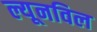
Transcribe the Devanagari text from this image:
ल्यूनविल